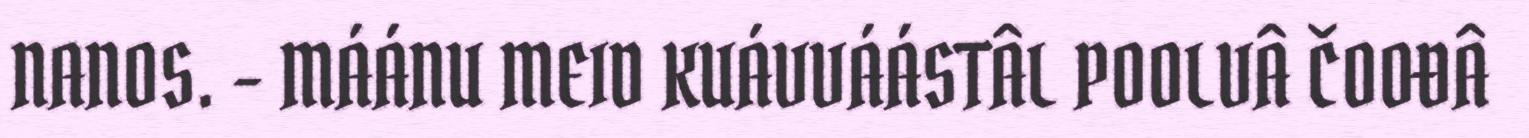
NANOS. - MÁÁNU MEID KUÁVVÁÁSTÂL POOLVÂ ČOOĐÂ